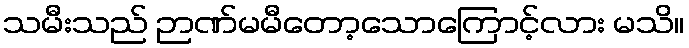
သမီးသည် ဉာဏ်မမီတော့သောကြောင့်လား မသိ။